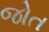
જોત